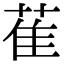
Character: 萑